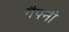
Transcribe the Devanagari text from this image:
गैफ्नी